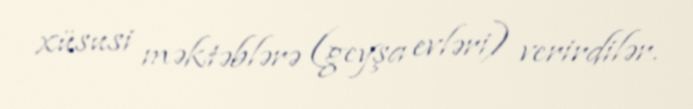
xüsusi məktəblərə (geyşa evləri) verirdilər.